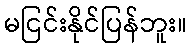
မငြင်းနိုင်ပြန်ဘူး။